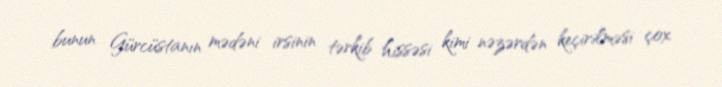
bunun Gürcüstanın mədəni irsinin tərkib hissəsi kimi nəzərdən keçirilməsi çox